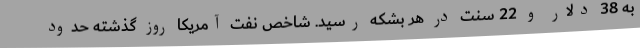
به 38 دلار و 22 سنت در هر بشکه رسید. شاخص نفت آمریکا روز گذشته حدود